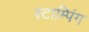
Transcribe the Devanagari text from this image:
स्टाम्पिंग